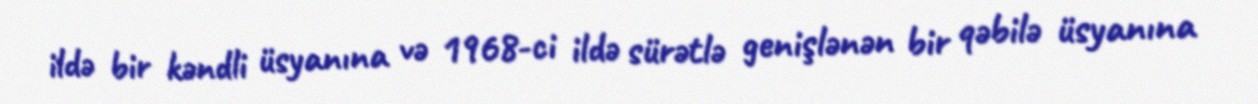
ildə bir kəndli üsyanına və 1968-ci ildə sürətlə genişlənən bir qəbilə üsyanına